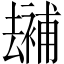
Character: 𠬕